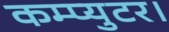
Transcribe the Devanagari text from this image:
कम्प्युटर।